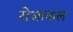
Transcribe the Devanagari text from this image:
रोजाकल